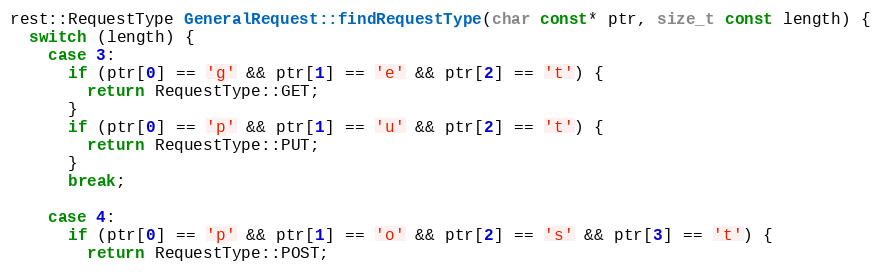
Language: C++
rest::RequestType GeneralRequest::findRequestType(char const* ptr, size_t const length) {
  switch (length) {
    case 3:
      if (ptr[0] == 'g' && ptr[1] == 'e' && ptr[2] == 't') {
        return RequestType::GET;
      }
      if (ptr[0] == 'p' && ptr[1] == 'u' && ptr[2] == 't') {
        return RequestType::PUT;
      }
      break;

    case 4:
      if (ptr[0] == 'p' && ptr[1] == 'o' && ptr[2] == 's' && ptr[3] == 't') {
        return RequestType::POST;